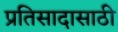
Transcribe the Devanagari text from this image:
प्रतिसादासाठी